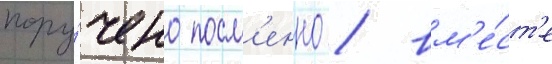
пору́чено посм'енно / вм'е́ст'е